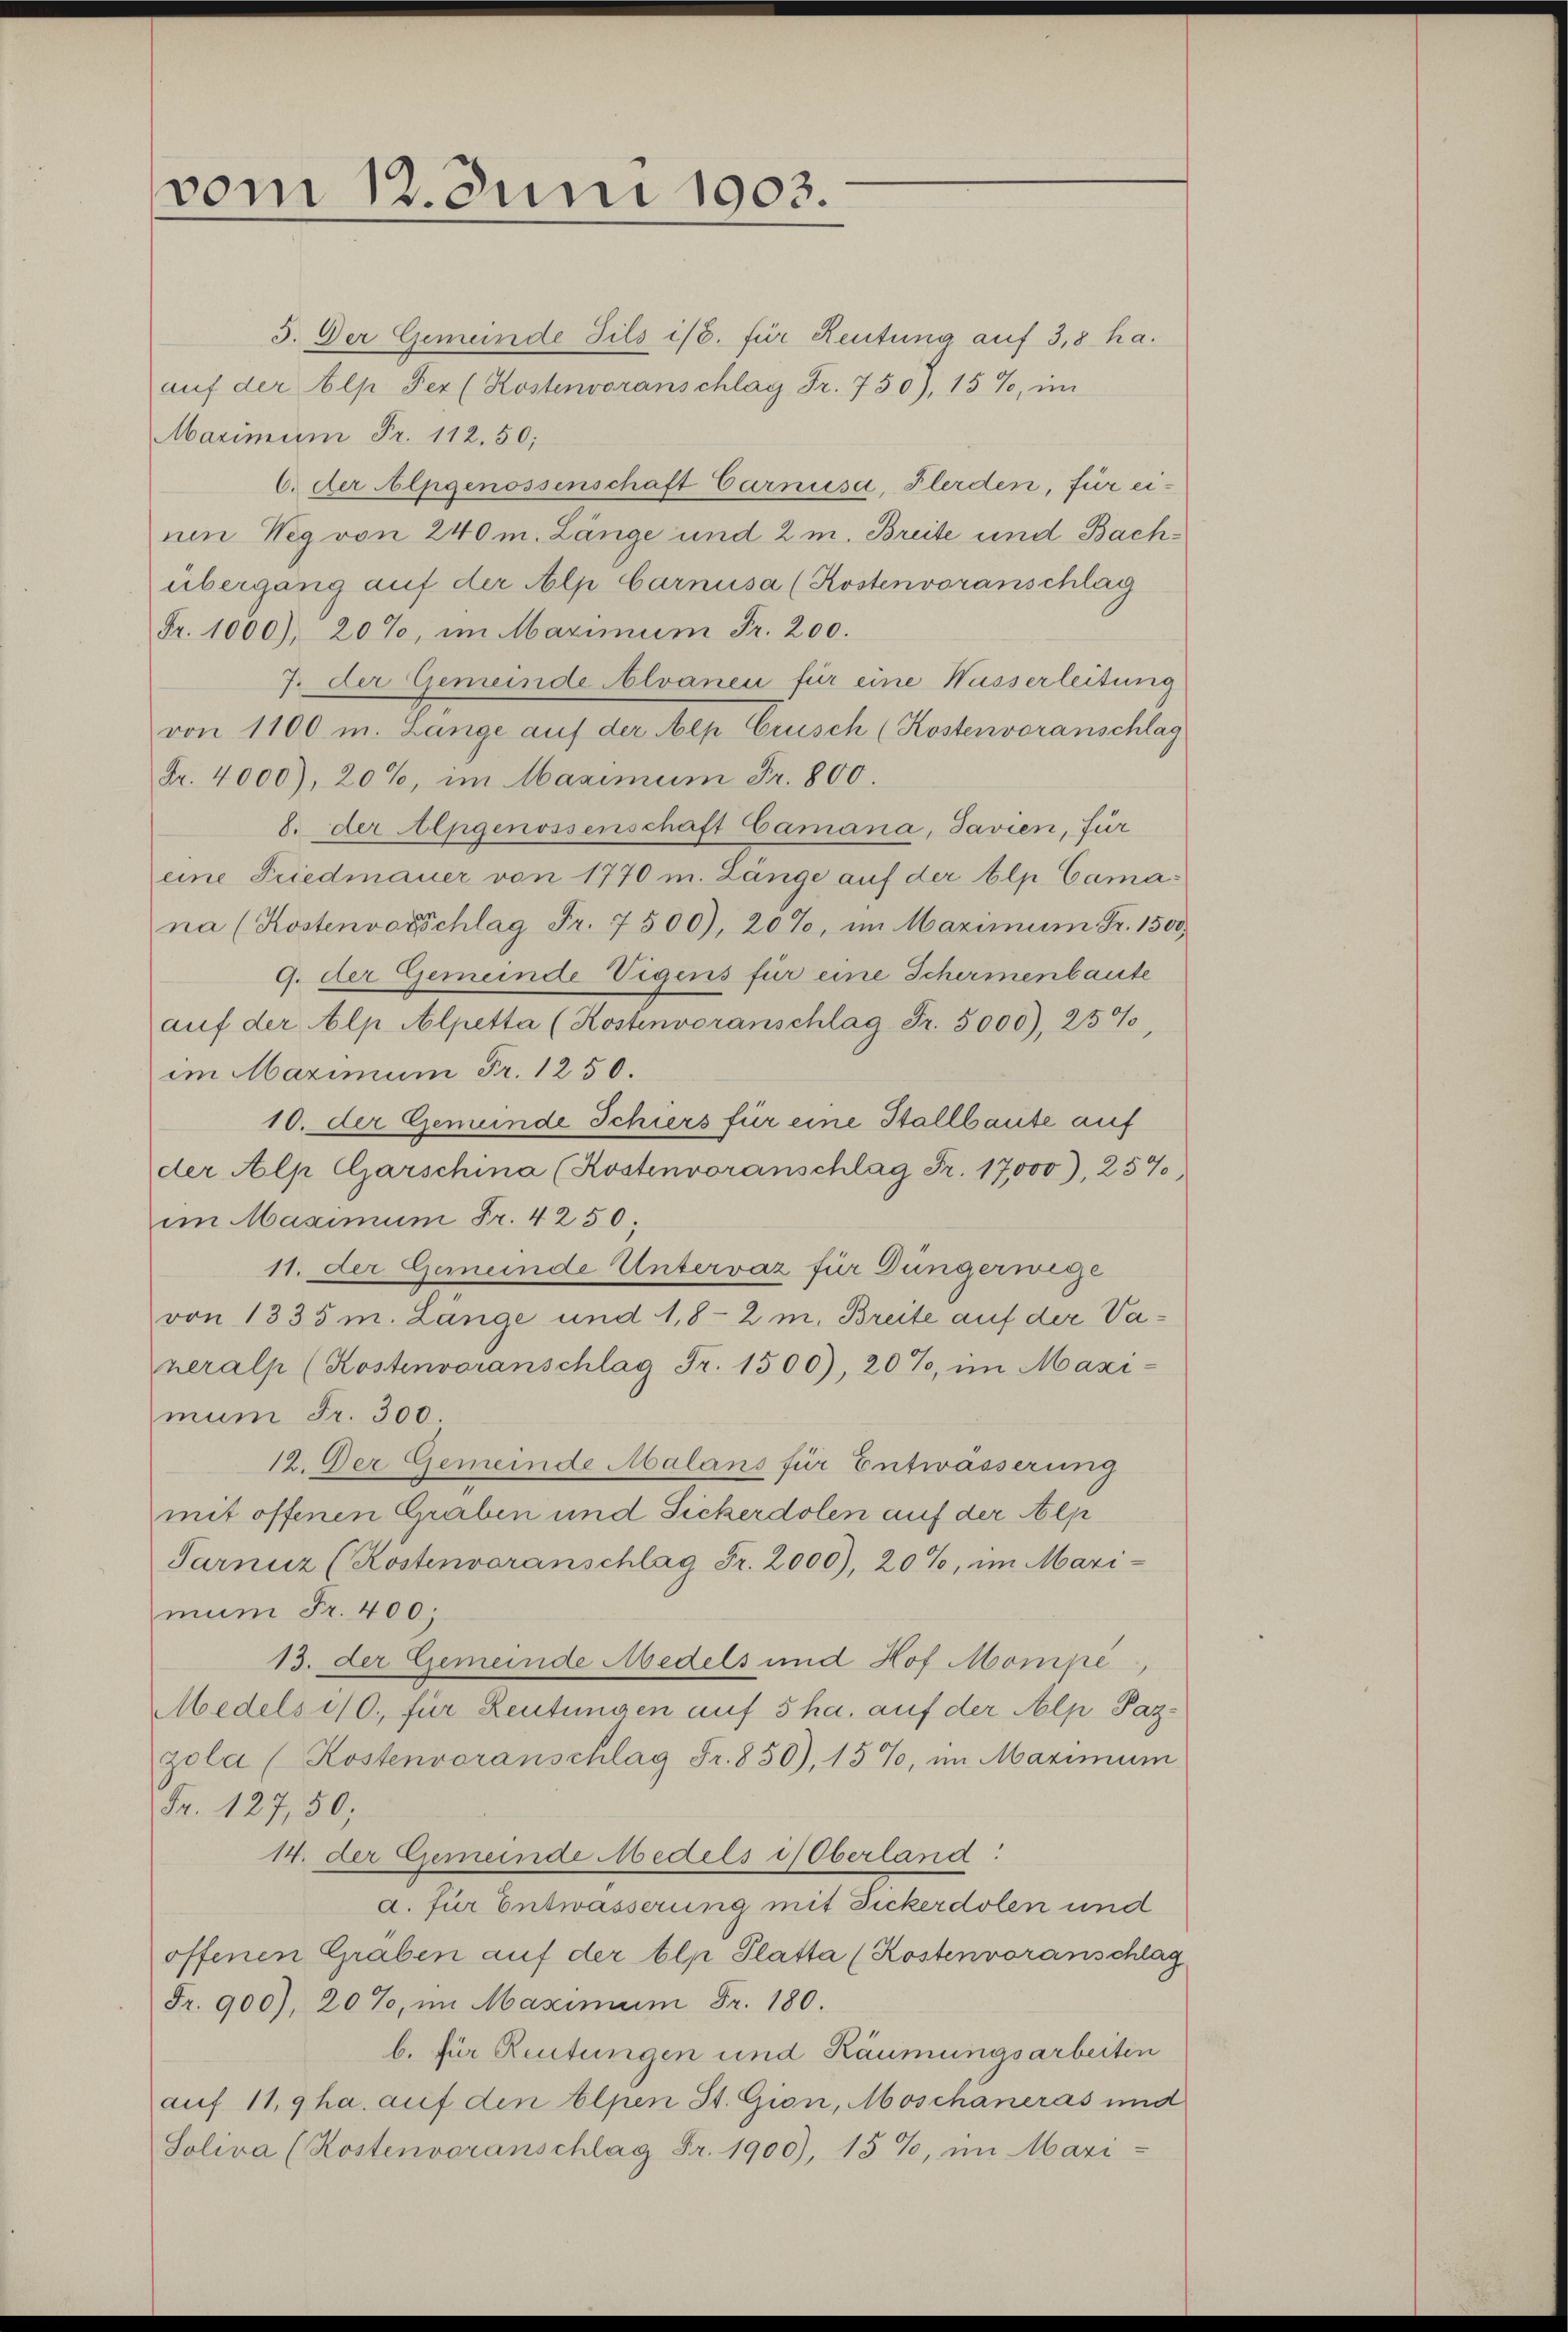
vom 12. Juni 1903.

3. Der Gemeinde Jils ist. für Reutung auf 3,8 ha.
aŭf der Alp der (Kostenvoranschlag Fr. 750, 15%, im
Marimum Fr. 112.50;
6. der Alpgenossenschaft Carnusa, Pferden, für einen Weg von 240 m. Länge und 2 m. Breite und Bachübergang auf der Alp barnusa (Kostenvoranschlag
Fr. 1000), 20%, im Maximum Fr. 200.
7. der Gemeinde Alvanen für eine Wasserleitung
von 1100 m. Länge auf der Alp Crusch (Kostenvoranschlag
Fr. 4000), 20%, im Maximum Fr. 800.
8. der Alpgenossenschaft Camana, Javien, für
eine Friedmauer von 1770 m. Länge auf der blp Camana (Kostenvorschlag Fr. 7500), 20%, im Maximum Fr. 1500
9. der Gemeinde Vigens für eine Schirmenbaute
aŭf der Alp Alpetta (Kostenvoranschlag Fr. 5000), 257,
im Maximum Fr. 1250.
10. der Gemeinde Schiers für eine Stallbaute auf
der Alp Garschina (Kostenvoranschlag Fr. 17,000), 257
im Maximum Fr. 4250
11. der Gemeinde Untervaz für Düngerwege
von 1335 m. Länge und 1,8-2 m. Breite auf der Vaneralp (Kostenvoranschlag Fr. 1500, 20%, im Maxi-
mum Fr. 300
12. Der Gemeinde Malans für Entwässerung
mit offenen Graben und Sickerdolen auf der Alp
Sarnuz (Kostenvoranschlag Fr. 2000), 20%, im Mari-
mum Fr. 400;
13. der Gemeinde Medels und Hof Monipe,
Medels 10. für Reutungen auf 5 ha. auf der Alp Pazzola (Kostenvoranschlag Fr. 850), 157, im Maximum
Fr. 127, 50;
14. der Gemeinde Medels Oberland:
a. für Entwässerung mit Fickerdolen und
offenen Gräben auf der blp Platta (Kostenvoranschlag
Fr. 900), 20%, im Maximum Fr. 180.
b. für Reutungen und Räumungsarbeiten
auf 11,9 ha. auf den Alpen St. Gion, Moschäneras und
Soliva (Kostenvoranschlag Fr. 1900), 15%, im Mari-